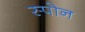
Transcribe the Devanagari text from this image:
स्पोन